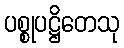
ပစ္စုပဋ္ဌိတေသု